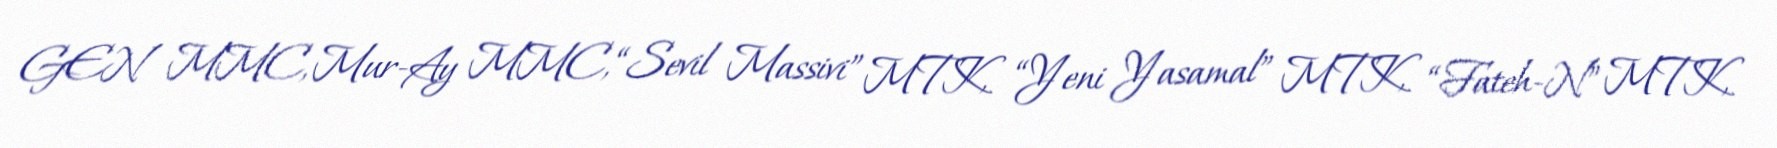
GEN MMC, Mur-Ay MMC, “Sevil Massivi” MTK, “Yeni Yasamal” MTK, “Fateh-N” MTK,